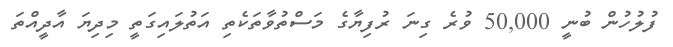
ފުލުހުން ބުނީ 50